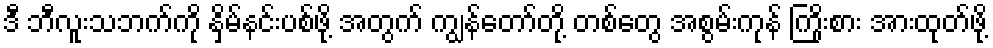
ဒီ ဘီလူးသဘက်ကို နှိမ်နင်းပစ်ဖို့ အတွက် ကျွန်တော်တို့ တစ်တွေ အစွမ်းကုန် ကြိုးစား အားထုတ်ဖို့